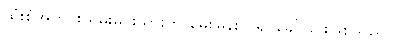
ထုံးစံအတိုင်း ရှမ်းမင်းသားက မေးမြန်းလို၍ ခေါ်ခြင်းဖြစ်သည်။